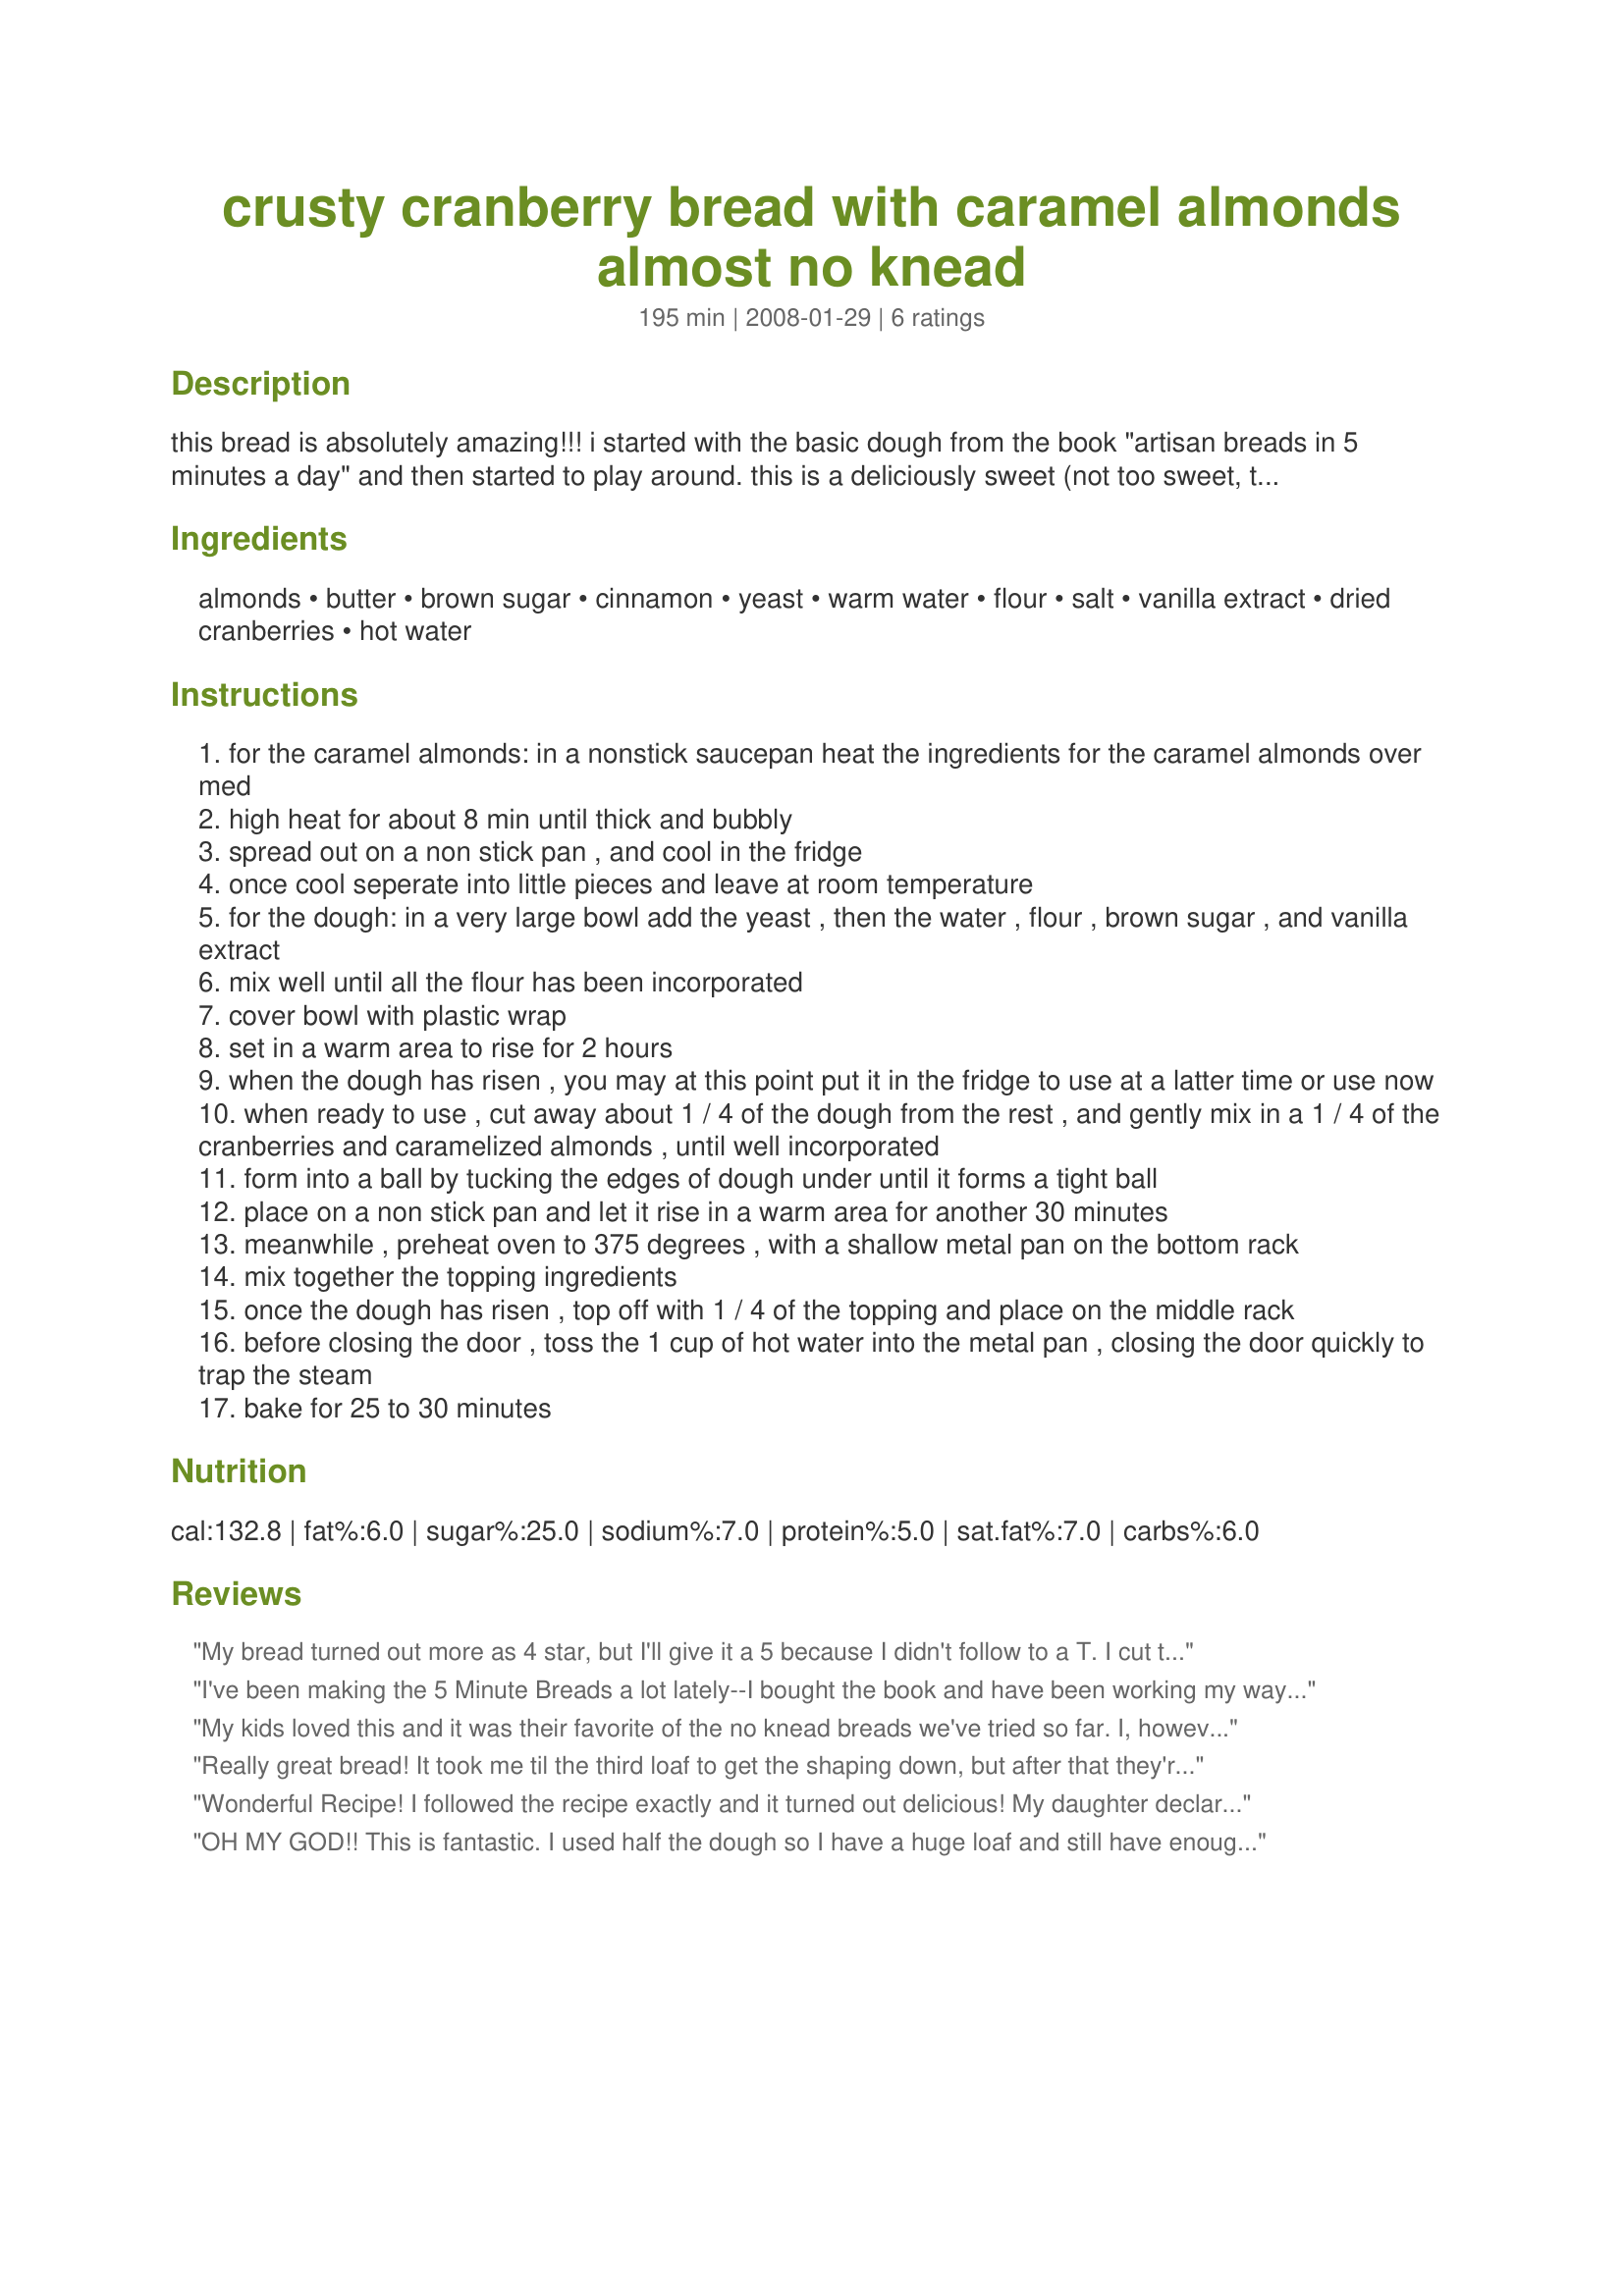
crusty cranberry bread with caramel almonds almost no knead
Preparation time: 195 minutes

this bread is absolutely amazing!!! i started with the basic dough from the book "artisan breads in 5 minutes a day" and then started to play around. this is a deliciously sweet (not too sweet, though) bread loaded with nuts and cranberries and then topped off with brown sugar and almond crust. this is very close to the bread from "when pigs fly" except it doesn't cost $7 a loaf. this comes together very easily, so don't let the long list turn you off. this makes 4 loaves. the original recipe could be set aside in the fridge for up to 2 weeks, allowing you to make a loaf when you liked. i'm not sure this would work, since i haven't tried it. also, i like to use non stick foil, but feel free to use a pizza stone instead (with corn meal to avoid sticking). update: i have changed the order around a bit, since it seems that there was an unexpected fermentation between the yeast and the cranberries.

Ingredients:
almonds, butter, brown sugar, cinnamon, yeast, warm water, flour, salt, vanilla extract, dried cranberries, hot water

Steps:
for the caramel almonds: in a nonstick saucepan heat the ingredients for the caramel almonds over med
high heat for about 8 min until thick and bubbly
spread out on a non stick pan , and cool in the fridge
once cool seperate into little pieces and leave at room temperature
for the dough: in a very large bowl add the yeast , then the water , flour , brown sugar , and vanilla extract
mix well until all the flour has been incorporated
cover bowl with plastic wrap
set in a warm area to rise for 2 hours
when the dough has risen , you may at this point put it in the fridge to use at a latter time or use now
when ready to use , cut away about 1 / 4 of the dough from the rest , and gently mix in a 1 / 4 of the cranberries and caramelized almonds , until well incorporated
form into a ball by tucking the edges of dough under until it forms a tight ball
place on a non stick pan and let it rise in a warm area for another 30 minutes
meanwhile , preheat oven to 375 degrees , with a shallow metal pan on the bottom rack
mix together the topping ingredients
once the dough has risen , top off with 1 / 4 of the topping and place on the middle rack
before closing the door , toss the 1 cup of hot water into the metal pan , closing the door quickly to trap the steam
bake for 25 to 30 minutes

Reviews:
My bread turned out more as 4 star, but I'll give it a 5 because I didn't follow to a T. I cut the recipe in half, and therefore probably could have used more flour. It rose well the first time, but after shaping it didn't rise well. Perhaps I should have made into a tighter ball, rather than a flatter circle. Also may use more cranberries next time.
I've been making the 5 Minute Breads a lot lately--I bought the book and have been working my way through. I've saved this recipe to come back to when I don't have 3 loaves worth of doughi n my fridge.

I just wanted to comment about the dough being able to be saved in the fridge. It definitely works. I'm on my third batch of dough (meaning I've done over 8 loaves this way), and even on the last day, the bread comes out really well. Just wanted to say, from experience, that it does work, and does produce great results.
My kids loved this and it was their favorite of the no knead breads we've tried so far. I, however, could have done without the topping. The bread itself contains sugar, the caramel almonds contain sugar and I just really feel you don't need the additional sugar, butter and nuts in the topping. Also, the topping tends to crumble off when you cut it so you end up eating it off the cutting board instead of on the bread. Otherwise, this bread was awesome, would probably make a great french toast and I am definitely making it again, sans topping. I am also going to try it with pecans as I think the candied pecans would be delicious in this. Candied pecans are another one of those things we enjoy here in Charleston!!!
Really great bread! It took me til the third loaf to get the shaping down, but after that they're beautiful - it seemed easier for me to shape them after an overnight in the fridge. And it smells amazing when baking - I'll definitely be making this again!
Wonderful Recipe! I followed the recipe exactly and it turned out delicious! My daughter declared this to be the BEST bread I've made thus far. The Caramelized Almonds taste just like what I've purchased for $12-$15/bag here in Charleston, SC! We've been eating this for breakfast and loving it. Thanks for posting!
OH MY GOD!! This is fantastic. I used half the dough so I have a huge loaf and still have enough in the fridge for 2 more smaller ones. I used a pizza stone. I ran out of almonds so I used walnuts in the topping. This is as good (if not better) than anything you would get at a high end bakery. Thanks Chrissy T.
